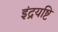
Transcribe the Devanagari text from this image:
इंद्रयष्टि